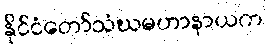
နိုင်ငံတော်သံဃမဟာနာယက